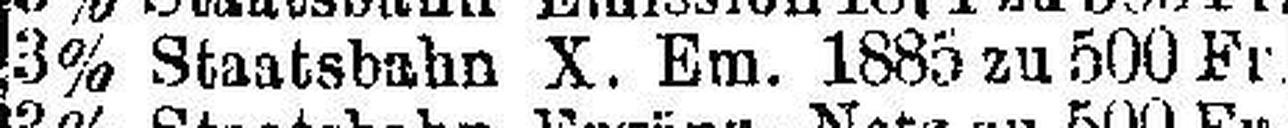
3% Staatsbahn X. Em. 1885 zu 500 Fr